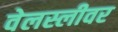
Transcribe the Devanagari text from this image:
वेलस्लीवर